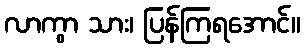
လာကွာ သား၊ ပြန်ကြရအောင်။